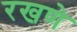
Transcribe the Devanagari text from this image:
रखणे